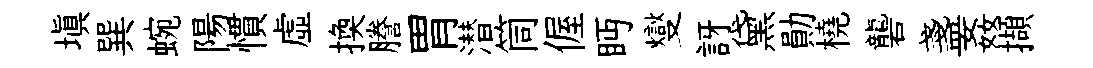
塡巽蜿陽慣虚換謄胃潜筒偓眄燮訝黛勛橈礱盞姦擷